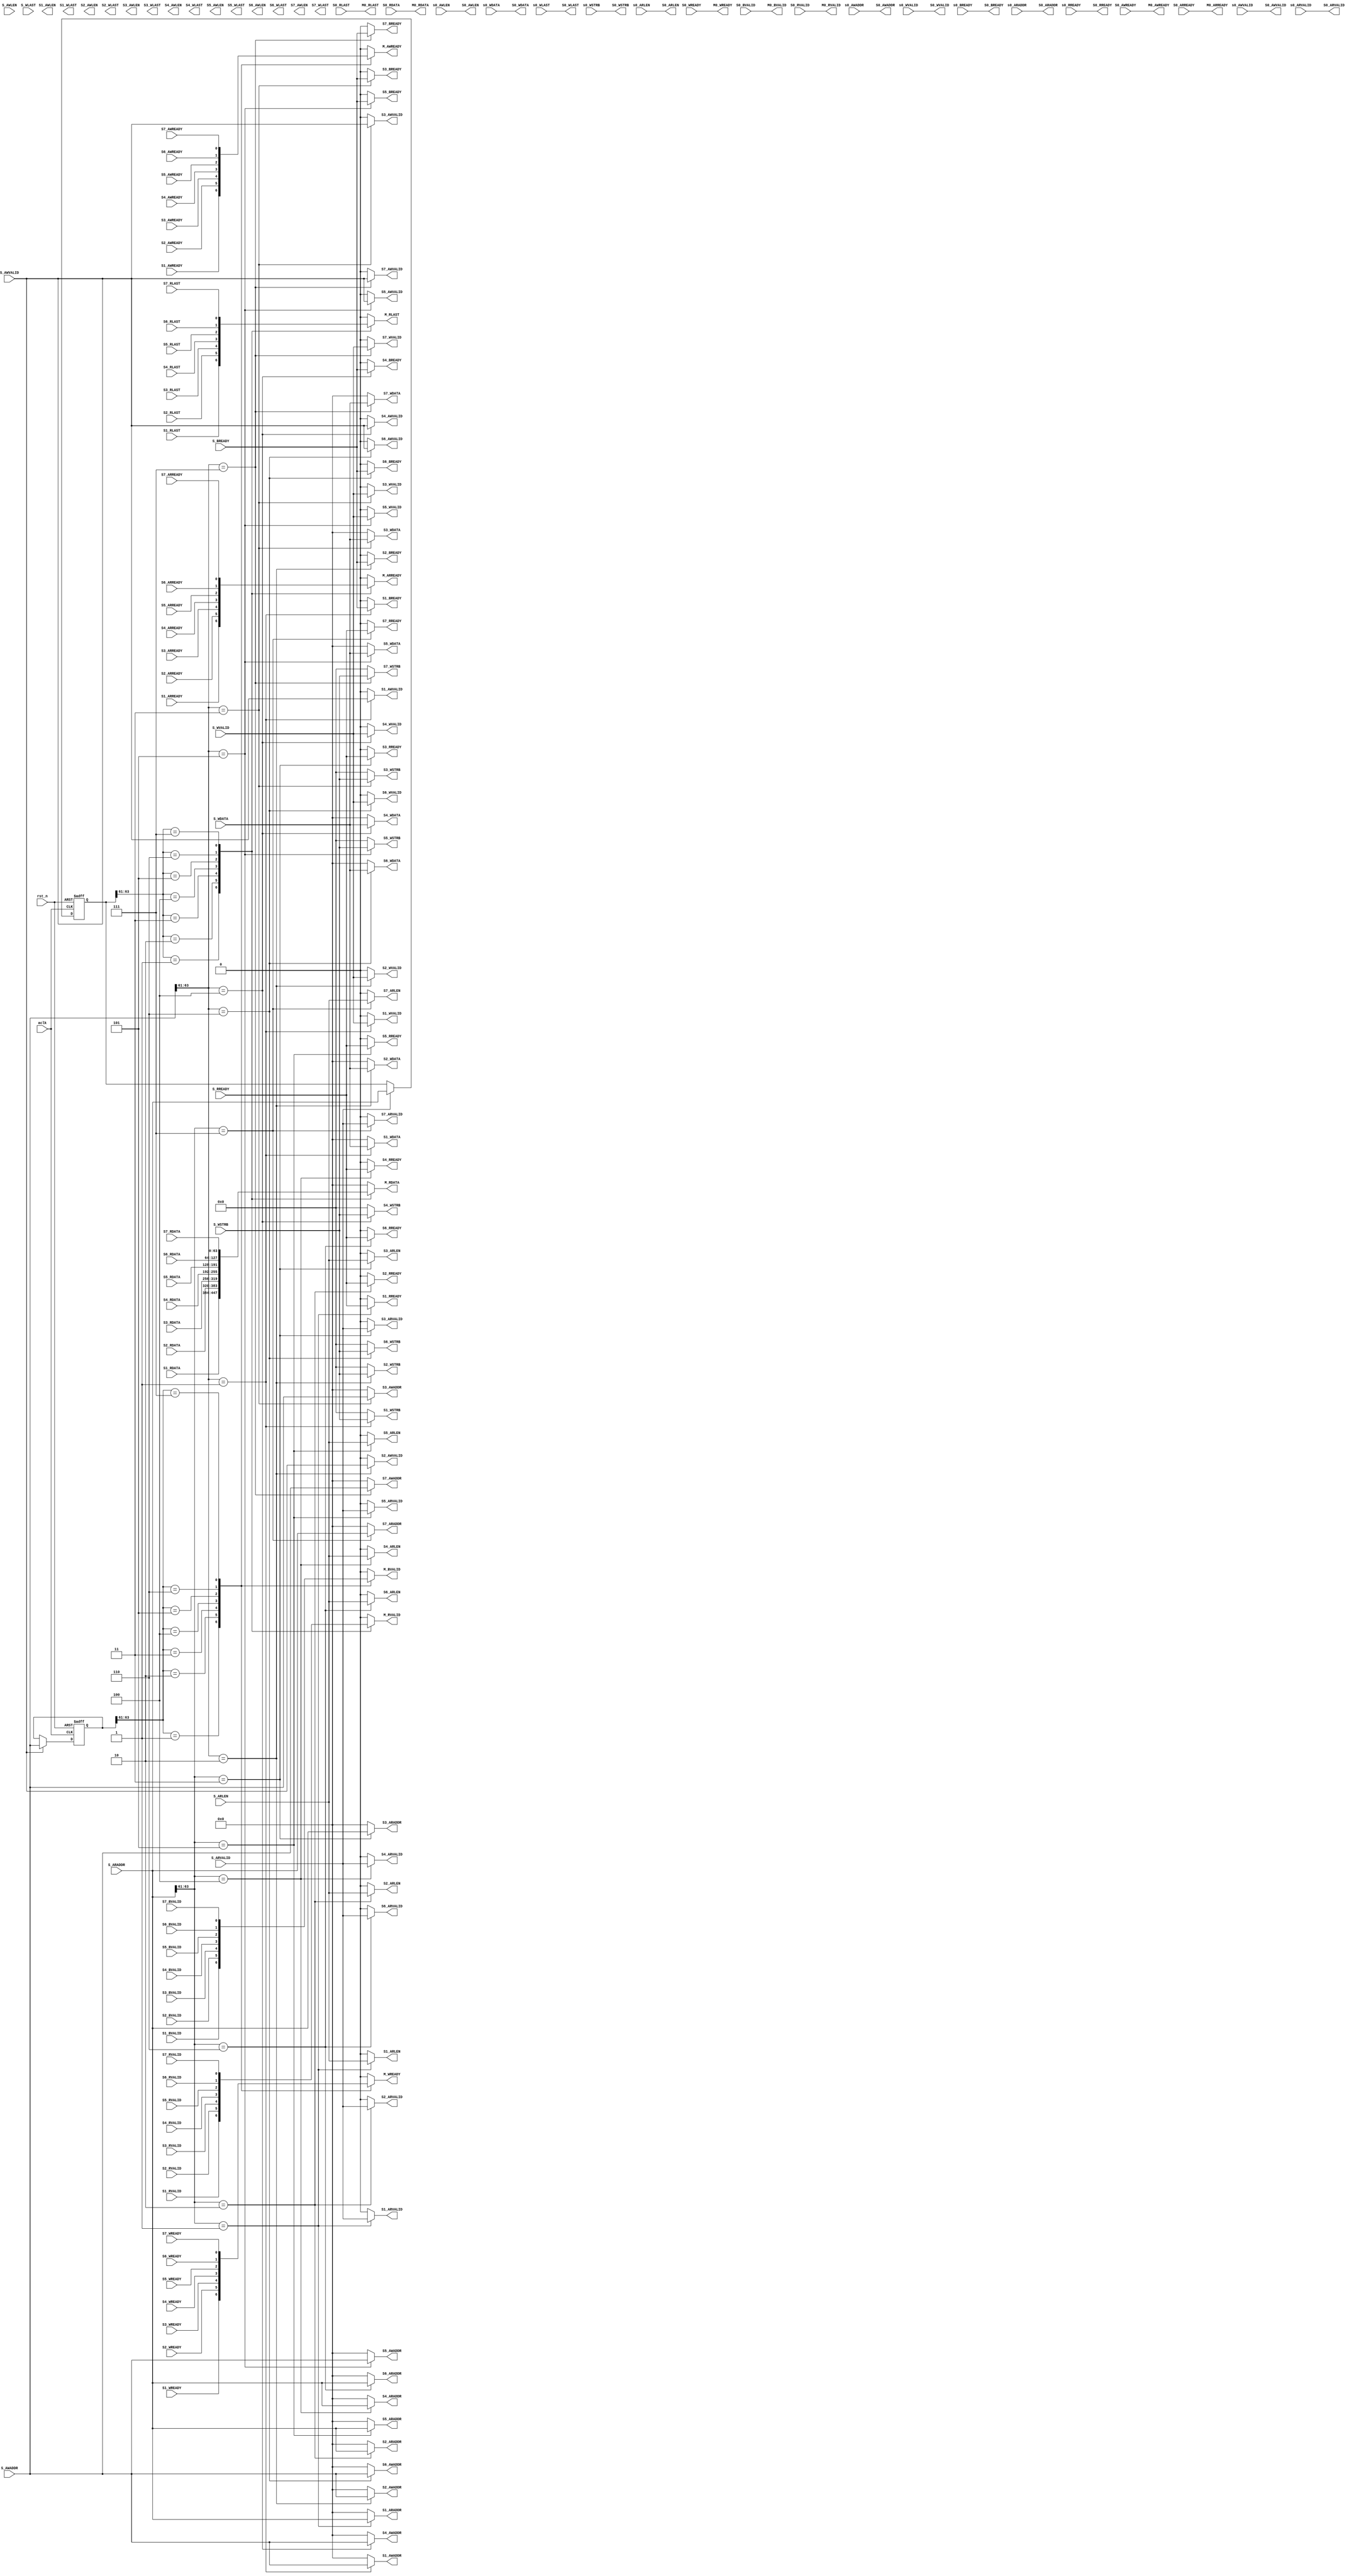
module axi_slave_mux 
#(
    parameter ADDR_WIDTH = 64,
              DATA_WIDTH = 64 ,
              ADDR_SEL   = 8
)
(
    // Gobal 
    input wire                      aclk,
    input wire                      rst_n,
    // (slave0 slave1 slave2 slave3 slave4 slave5 slave6) - mux - master
    // Slave 0 ----------------------------------
    // Write address
    input wire                      S0_AWREADY,
    // Write data
    input wire                      S0_WREADY,
    // Write respones
    input wire                      S0_BVALID,
    // Read addrsess
    input wire                      S0_ARREADY,
    // Read data
    input wire                      S0_RLAST,
    input wire                      S0_RVALID,
    input wire [DATA_WIDTH-1:0]     S0_RDATA,
    // Slave 1 -----------------------------------
    // Write address
    input wire                      S1_AWREADY,
    // Write data
    input wire                      S1_WREADY,
    // Write respones
    input wire                      S1_BVALID,
    // Read addrsess
    input wire                      S1_ARREADY,
    // Read data
    input wire                      S1_RLAST,
    input wire                      S1_RVALID,
    input wire [DATA_WIDTH-1:0]     S1_RDATA,
    // Slave 2 -----------------------------------
    // Write address
    input wire                      S2_AWREADY,
    // Write data
    input wire                      S2_WREADY,
    // Write respones
    input wire                      S2_BVALID,
    // Read addrsess
    input wire                      S2_ARREADY,
    // Read data
    input wire                      S2_RLAST,
    input wire                      S2_RVALID,
    input wire [DATA_WIDTH-1:0]     S2_RDATA,
    // Slave 3 ---------------------------------
    // Write address
    input wire                      S3_AWREADY,
    // Write data
    input wire                      S3_WREADY,
    // Write respones
    input wire                      S3_BVALID,
    // Read addrsess
    input wire                      S3_ARREADY,
    // Read data
    input wire                      S3_RLAST,
    input wire                      S3_RVALID,
    input wire [DATA_WIDTH-1:0]     S3_RDATA,
    // Slave 4 -----------------------------------
    // Write address
    input wire                      S4_AWREADY,
    // Write data
    input wire                      S4_WREADY,
    // Write respones
    input wire                      S4_BVALID,
    // Read addrsess
    input wire                      S4_ARREADY,
    // Read data
    input wire                      S4_RLAST,
    input wire                      S4_RVALID,
    input wire [DATA_WIDTH-1:0]     S4_RDATA,
    // Slave 5 -------------------------------
    // Write address
    input wire                      S5_AWREADY,
    // Write data
    input wire                      S5_WREADY,
    // Write respones
    input wire                      S5_BVALID,
    // Read addrsess
    input wire                      S5_ARREADY,
    // Read data
    input wire                      S5_RLAST,
    input wire                      S5_RVALID,
    input wire [DATA_WIDTH-1:0]     S5_RDATA,
    // Slave 6 -------------------------------
    // Write address
    input wire                      S6_AWREADY,
    // Write data
    input wire                      S6_WREADY,
    // Write respones
    input wire                      S6_BVALID,
    // Read addrsess
    input wire                      S6_ARREADY,
    // Read data
    input wire                      S6_RLAST,
    input wire                      S6_RVALID,
    input wire [DATA_WIDTH-1:0]     S6_RDATA,
    // Slave 7 -------------------------------
    // Write address
    input wire                      S7_AWREADY,
    // Write data
    input wire                      S7_WREADY,
    // Write respones
    input wire                      S7_BVALID,
    // Read addrsess
    input wire                      S7_ARREADY,
    // Read data
    input wire                      S7_RLAST,
    input wire                      S7_RVALID,
    input wire [DATA_WIDTH-1:0]     S7_RDATA,

    // Master -----------------------------------
    // Write address
    output reg                      M_AWREADY,
    // Write data
    output reg                      M_WREADY,
    // Write respones
    output reg                      M_BVALID,
    // Read addrsess
    output reg                      M_ARREADY,
    // Read data
    output reg                      M_RLAST,
    output reg                      M_RVALID,
    output reg [DATA_WIDTH-1:0]     M_RDATA,

    // Master 0 ---------------------------------
    output wire                      M0_AWREADY,
    // Write data
    output wire                      M0_WREADY,
    // Write respones
    output wire                      M0_BVALID,
    // Read addrsess
    output wire                      M0_ARREADY,
    // Read data
    output wire                      M0_RLAST,
    output wire                      M0_RVALID,
    output wire [DATA_WIDTH-1:0]     M0_RDATA,

    // Slave ----------------------------------
    //  Write address
    input wire [ADDR_WIDTH-1:0]     S_AWADDR,
    input wire                      S_AWLEN,
    input wire                      S_AWVALID,
    //  Write data
    input wire [DATA_WIDTH-1:0]     S_WDATA,
    input wire                      S_WLAST,
    input wire                      S_WVALID,
    input wire [ADDR_SEL-1:0]       S_WSTRB,
    //  Write back
    input wire                      S_BREADY,
    //  Read address
    input wire [ADDR_WIDTH-1:0]     S_ARADDR,
    input wire                      S_ARLEN,
    input wire                      S_ARVALID,
    //  Read data
    input wire                      S_RREADY, 

    // Slave 0 ----------------------------------
    input wire [ADDR_WIDTH-1:0]     s0_AWADDR,
    input wire                      s0_AWLEN,
    input wire                      s0_AWVALID,
    //  Write data
    input wire [DATA_WIDTH-1:0]     s0_WDATA,
    input wire                      s0_WLAST,
    input wire                      s0_WVALID,
    input wire [ADDR_SEL-1:0]       s0_WSTRB,
    //  Write back
    input wire                      s0_BREADY,
    //  Read address
    input wire [ADDR_WIDTH-1:0]     s0_ARADDR,
    input wire                      s0_ARLEN,
    input wire                      s0_ARVALID,
    //  Read data
    input wire                      s0_RREADY,    

    // Slave 0 ----------------------------------
    //  Write address
    output wire [ADDR_WIDTH-1:0]     S0_AWADDR,
    output wire                      S0_AWLEN,
    output wire                      S0_AWVALID,
    //  Write data
    output wire [DATA_WIDTH-1:0]     S0_WDATA,
    output wire                      S0_WLAST,
    output wire                      S0_WVALID,
    output wire [ADDR_SEL-1:0]       S0_WSTRB,
    //  Write back
    output wire                      S0_BREADY,
    //  Read address
    output wire [ADDR_WIDTH-1:0]     S0_ARADDR,
    output wire                      S0_ARLEN,
    output wire                      S0_ARVALID,
    //  Read data
    output wire                      S0_RREADY,
    // Slave 1 -----------------------------------
    //  Write address
    output reg [ADDR_WIDTH-1:0]     S1_AWADDR,
    output reg                      S1_AWLEN,
    output reg                      S1_AWVALID,
    //  Write data
    output reg [DATA_WIDTH-1:0]     S1_WDATA,
    output reg                      S1_WLAST,
    output reg                      S1_WVALID,
    output reg [ADDR_SEL-1:0]      S1_WSTRB,
    //  Write back
    output reg                      S1_BREADY,
    //  Read address
    output reg [ADDR_WIDTH-1:0]     S1_ARADDR,
    output reg                      S1_ARLEN,
    output reg                      S1_ARVALID,
    //  Read data
    output reg                      S1_RREADY,
    // Slave 2 ----------------------------------
    //  Write address
    output reg [ADDR_WIDTH-1:0]     S2_AWADDR,
    output reg                      S2_AWLEN,
    output reg                      S2_AWVALID,
    //  Write data
    output reg [DATA_WIDTH-1:0]     S2_WDATA,
    output reg                      S2_WLAST,
    output reg                      S2_WVALID,
    output reg [ADDR_SEL-1:0]      S2_WSTRB,
    //  Write back
    output reg                      S2_BREADY,
    //  Read address
    output reg [ADDR_WIDTH-1:0]     S2_ARADDR,
    output reg                      S2_ARLEN,
    output reg                      S2_ARVALID,
    //  Read data
    output reg                      S2_RREADY,
    // Slave 3 ----------------------------------
    //  Write address
    output reg [ADDR_WIDTH-1:0]     S3_AWADDR,
    output reg                      S3_AWLEN,
    output reg                      S3_AWVALID,
    //  Write data
    output reg [DATA_WIDTH-1:0]     S3_WDATA,
    output reg                      S3_WLAST,
    output reg                      S3_WVALID,
    output reg [ADDR_SEL-1:0]      S3_WSTRB,
    //  Write back
    output reg                      S3_BREADY,
    //  Read address
    output reg [ADDR_WIDTH-1:0]     S3_ARADDR,
    output reg                      S3_ARLEN,
    output reg                      S3_ARVALID,
    //  Read data
    output reg                      S3_RREADY,
    // Slave 4 ----------------------------------
    //  Write address
    output reg [ADDR_WIDTH-1:0]     S4_AWADDR,
    output reg                      S4_AWLEN,
    output reg                      S4_AWVALID,
    //  Write data
    output reg [DATA_WIDTH-1:0]     S4_WDATA,
    output reg                      S4_WLAST,
    output reg                      S4_WVALID,
    output reg [ADDR_SEL-1:0]      S4_WSTRB,
    //  Write back
    output reg                      S4_BREADY,
    //  Read address
    output reg [ADDR_WIDTH-1:0]     S4_ARADDR,
    output reg                      S4_ARLEN,
    output reg                      S4_ARVALID,
    //  Read data
    output reg                      S4_RREADY,
    // Slave 5 -----------------------------------
    //  Write address
    output reg [ADDR_WIDTH-1:0]     S5_AWADDR,
    output reg                      S5_AWLEN,
    output reg                      S5_AWVALID,
    //  Write data
    output reg [DATA_WIDTH-1:0]     S5_WDATA,
    output reg                      S5_WLAST,
    output reg                      S5_WVALID,
    output reg [ADDR_SEL-1:0]       S5_WSTRB,
    //  Write back
    output reg                      S5_BREADY,
    //  Read address
    output reg [ADDR_WIDTH-1:0]     S5_ARADDR,
    output reg                      S5_ARLEN,
    output reg                      S5_ARVALID,
    //  Read data
    output reg                      S5_RREADY,
    // Slave 6 --------------------------------
    //  Write address
    output reg [ADDR_WIDTH-1:0]     S6_AWADDR,
    output reg                      S6_AWLEN,
    output reg                      S6_AWVALID,
    //  Write data
    output reg [DATA_WIDTH-1:0]     S6_WDATA,
    output reg                      S6_WLAST,
    output reg                      S6_WVALID,
    output reg [ADDR_SEL-1:0]       S6_WSTRB,
    //  Write back
    output reg                      S6_BREADY,
    //  Read address
    output reg [ADDR_WIDTH-1:0]     S6_ARADDR,
    output reg                      S6_ARLEN,
    output reg                      S6_ARVALID,
    //  Read data
    output reg                      S6_RREADY,
    // Slave 7 --------------------------------
    //  Write address
    output reg [ADDR_WIDTH-1:0]     S7_AWADDR,
    output reg                      S7_AWLEN,
    output reg                      S7_AWVALID,
    //  Write data
    output reg [DATA_WIDTH-1:0]     S7_WDATA,
    output reg                      S7_WLAST,
    output reg                      S7_WVALID,
    output reg [ADDR_SEL-1:0]       S7_WSTRB,
    //  Write back
    output reg                      S7_BREADY,
    //  Read address
    output reg [ADDR_WIDTH-1:0]     S7_ARADDR,
    output reg                      S7_ARLEN,
    output reg                      S7_ARVALID,
    //  Read data
    output reg                      S7_RREADY
);


    assign  S0_AWADDR   =  s0_AWADDR;
    assign  S0_AWLEN    =  s0_AWLEN;
    assign  S0_AWVALID  =  s0_AWVALID;
    assign  S0_WDATA    =  s0_WDATA;
    assign  S0_WLAST    =  s0_WLAST;
    assign  S0_WVALID   =  s0_WVALID;
    assign  S0_WSTRB    =  s0_WSTRB;
    assign  S0_BREADY   =  s0_BREADY;
    assign  S0_ARADDR   =  s0_ARADDR;
    assign  S0_ARLEN    =  s0_ARLEN;
    assign  S0_ARVALID  =  s0_ARVALID;
    assign  S0_RREADY   =  s0_RREADY;

    assign  M0_AWREADY  =   S0_AWREADY;
    assign  M0_WREADY   =   S0_WREADY;
    assign  M0_BVALID   =   S0_BVALID;
    assign  M0_ARREADY  =   S0_ARREADY;
    assign  M0_RLAST    =   S0_RLAST;
    assign  M0_RVALID   =   S0_RVALID;
    assign  M0_RDATA    =   S0_RDATA;

    reg [ADDR_WIDTH-1:0] awaddr;
    always @(posedge aclk or negedge rst_n ) begin
        if(!rst_n)begin
            awaddr <= 'd0;
        end else if(S_AWVALID) begin
            awaddr <= S_AWADDR;
        end else begin
            awaddr <= awaddr;
        end
    end
    // Write
    always @(*) begin
        case (awaddr[(ADDR_WIDTH-1)-:3])
            /*3'b000:begin
                M_AWREADY   = S0_AWREADY;
                M_WREADY    = S0_WREADY;
                M_BVALID    = S0_BVALID;
            end */
            3'b001:begin
                M_AWREADY   = S1_AWREADY;
                M_WREADY    = S1_WREADY;
                M_BVALID    = S1_BVALID;
            end
            3'b010:begin
                M_AWREADY   = S2_AWREADY;
                M_WREADY    = S2_WREADY;
                M_BVALID    = S2_BVALID;
            end
            3'b011:begin
                M_AWREADY   = S3_AWREADY;
                M_WREADY    = S3_WREADY;
                M_BVALID    = S3_BVALID;
            end
            3'b100:begin
                M_AWREADY   = S4_AWREADY;
                M_WREADY    = S4_WREADY;
                M_BVALID    = S4_BVALID;
            end
            3'b101:begin
                M_AWREADY   = S5_AWREADY;
                M_WREADY    = S5_WREADY;
                M_BVALID    = S5_BVALID;
            end
            3'b110:begin
                M_AWREADY   = S6_AWREADY;
                M_WREADY    = S6_WREADY;
                M_BVALID    = S6_BVALID;
            end
            3'b111:begin
                M_AWREADY   = S7_AWREADY;
                M_WREADY    = S7_WREADY;
                M_BVALID    = S7_BVALID;
            end
            default:begin
                M_AWREADY   = 'd0;
                M_WREADY    = 'd0;
                M_BVALID    = 'd0;
            end 
        endcase  
    end

    // Read
    reg [ADDR_WIDTH-1:0] araddr;
    always @(posedge aclk or negedge rst_n ) begin
        if(!rst_n)begin
            araddr <= 'd0;
        end else if(S_ARVALID) begin
            araddr <= S_ARADDR;
        end else begin
            araddr <= araddr;
        end
    end

    always @(*) begin
        case (araddr[(ADDR_WIDTH-1)-:3])
          /*  3'b000:begin
                M_ARREADY   = S0_ARREADY;
                M_RVALID    = S0_RVALID;
                M_RLAST     = S0_RLAST;
                M_RDATA     = S0_RDATA;
            end */
            3'b001:begin
                M_ARREADY   = S1_ARREADY;
                M_RVALID    = S1_RVALID;
                M_RLAST     = S1_RLAST;
                M_RDATA     = S1_RDATA;
            end
            3'b010:begin
                M_ARREADY   = S2_ARREADY;
                M_RVALID    = S2_RVALID;
                M_RLAST     = S2_RLAST;
                M_RDATA     = S2_RDATA;
            end
            3'b011:begin
                M_ARREADY   = S3_ARREADY;
                M_RVALID    = S3_RVALID;
                M_RLAST     = S3_RLAST;
                M_RDATA     = S3_RDATA;
            end
            3'b100:begin
                M_ARREADY   = S4_ARREADY;
                M_RVALID    = S4_RVALID;
                M_RLAST     = S4_RLAST;
                M_RDATA     = S4_RDATA;
            end
            3'b101:begin
                M_ARREADY   = S5_ARREADY;
                M_RVALID    = S5_RVALID;
                M_RLAST     = S5_RLAST;
                M_RDATA     = S5_RDATA;
            end
            3'b110:begin
                M_ARREADY   = S6_ARREADY;
                M_RVALID    = S6_RVALID;
                M_RLAST     = S6_RLAST;
                M_RDATA     = S6_RDATA;
            end
            3'b111:begin
                M_ARREADY   = S7_ARREADY;
                M_RVALID    = S7_RVALID;
                M_RLAST     = S7_RLAST;
                M_RDATA     = S7_RDATA;
            end
            default:begin
                M_ARREADY   = 'd0;
                M_RVALID    = 'd0;
                M_RLAST     = 'd0;
                M_RDATA     = 'd0;
            end 
        endcase 
    end


    always @(*) begin
        case (S_AWADDR[(ADDR_WIDTH-1)-:3])
           /* 3'b000:begin
                S0_AWADDR = S_AWADDR;
                S1_AWADDR = 'd0;
                S2_AWADDR = 'd0;
                S3_AWADDR = 'd0;
                S4_AWADDR = 'd0;
                S5_AWADDR = 'd0;
                S6_AWADDR = 'd0;
                S7_AWADDR = 'd0;
            end */ 
            3'b001:begin
                //S0_AWADDR = 'd0;
                S1_AWADDR = S_AWADDR;
                S2_AWADDR = 'd0;
                S3_AWADDR = 'd0;
                S4_AWADDR = 'd0;
                S5_AWADDR = 'd0;
                S6_AWADDR = 'd0;
                S7_AWADDR = 'd0;
            end
            3'b010:begin
                //S0_AWADDR = 'd0;
                S1_AWADDR = 'd0;
                S2_AWADDR = S_AWADDR;
                S3_AWADDR = 'd0;
                S4_AWADDR = 'd0;
                S5_AWADDR = 'd0;
                S6_AWADDR = 'd0;
                S7_AWADDR = 'd0;
            end
            3'b011:begin
                //S0_AWADDR = 'd0;
                S1_AWADDR = 'd0;
                S2_AWADDR = 'd0;
                S3_AWADDR = S_AWADDR;
                S4_AWADDR = 'd0;
                S5_AWADDR = 'd0;
                S6_AWADDR = 'd0;
                S7_AWADDR = 'd0;
            end
            3'b100:begin
                //S0_AWADDR = 'd0;
                S1_AWADDR = 'd0;
                S2_AWADDR = 'd0;
                S3_AWADDR = 'd0;
                S4_AWADDR = S_AWADDR;
                S5_AWADDR = 'd0;
                S6_AWADDR = 'd0;
                S7_AWADDR = 'd0;
            end
            3'b101:begin
                //S0_AWADDR = 'd0;
                S1_AWADDR = 'd0;
                S2_AWADDR = 'd0;
                S3_AWADDR = 'd0;
                S4_AWADDR = 'd0;
                S5_AWADDR = S_AWADDR;
                S6_AWADDR = 'd0;
                S7_AWADDR = 'd0;
            end
            3'b110:begin
                //S0_AWADDR = 'd0;
                S1_AWADDR = 'd0;
                S2_AWADDR = 'd0;
                S3_AWADDR = 'd0;
                S4_AWADDR = 'd0;
                S5_AWADDR = 'd0;
                S6_AWADDR = S_AWADDR;
                S7_AWADDR = 'd0;
            end
            3'b111:begin
                //S0_AWADDR = 'd0;
                S1_AWADDR = 'd0;
                S2_AWADDR = 'd0;
                S3_AWADDR = 'd0;
                S4_AWADDR = 'd0;
                S5_AWADDR = 'd0;
                S6_AWADDR = 'd0;
                S7_AWADDR = S_AWADDR;
            end
            default:begin
                //S0_AWADDR = 'd0;
                S1_AWADDR = 'd0;
                S2_AWADDR = 'd0;
                S3_AWADDR = 'd0;
                S4_AWADDR = 'd0;
                S5_AWADDR = 'd0;
                S6_AWADDR = 'd0;
                S7_AWADDR = 'd0;
            end 
        endcase
    end

    always @(*) begin
        case (S_AWADDR[(ADDR_WIDTH-1)-:3])
            /*3'b000:begin
                S0_AWVALID = S_AWVALID;
                S1_AWVALID = 'd0;
                S2_AWVALID = 'd0;
                S3_AWVALID = 'd0;
                S4_AWVALID = 'd0;
                S5_AWVALID = 'd0;
                S6_AWVALID = 'd0;
                S7_AWVALID = 'd0;
            end */
            3'b001:begin
                //S0_AWVALID = 'd0;
                S1_AWVALID = S_AWVALID;
                S2_AWVALID = 'd0;
                S3_AWVALID = 'd0;
                S4_AWVALID = 'd0;
                S5_AWVALID = 'd0;
                S6_AWVALID = 'd0;
                S7_AWVALID = 'd0;
            end
            3'b010:begin
                //S0_AWVALID = 'd0;
                S1_AWVALID = 'd0;
                S2_AWVALID = S_AWVALID;
                S3_AWVALID = 'd0;
                S4_AWVALID = 'd0;
                S5_AWVALID = 'd0;
                S6_AWVALID = 'd0;
                S7_AWVALID = 'd0;
            end
            3'b011:begin
                //S0_AWVALID = 'd0;
                S1_AWVALID = 'd0;
                S2_AWVALID = 'd0;
                S3_AWVALID = S_AWVALID;
                S4_AWVALID = 'd0;
                S5_AWVALID = 'd0;
                S6_AWVALID = 'd0;
                S7_AWVALID = 'd0;
            end
            3'b100:begin
                //S0_AWVALID = 'd0;
                S1_AWVALID = 'd0;
                S2_AWVALID = 'd0;
                S3_AWVALID = 'd0;
                S4_AWVALID = S_AWVALID;
                S5_AWVALID = 'd0;
                S6_AWVALID = 'd0;
                S7_AWVALID = 'd0;
            end
            3'b101:begin
                //S0_AWVALID = 'd0;
                S1_AWVALID = 'd0;
                S2_AWVALID = 'd0;
                S3_AWVALID = 'd0;
                S4_AWVALID = 'd0;
                S5_AWVALID = S_AWVALID;
                S6_AWVALID = 'd0;
                S7_AWVALID = 'd0;
            end
            3'b110:begin
                //S0_AWVALID = 'd0;
                S1_AWVALID = 'd0;
                S2_AWVALID = 'd0;
                S3_AWVALID = 'd0;
                S4_AWVALID = 'd0;
                S5_AWVALID = 'd0;
                S6_AWVALID = S_AWVALID;
                S7_AWVALID = 'd0;
            end
            3'b111:begin
                //S0_AWVALID = 'd0;
                S1_AWVALID = 'd0;
                S2_AWVALID = 'd0;
                S3_AWVALID = 'd0;
                S4_AWVALID = 'd0;
                S5_AWVALID = 'd0;
                S6_AWVALID = 'd0;
                S7_AWVALID = S_AWVALID;
            end
            default:begin
                //S0_AWVALID = 'd0;
                S1_AWVALID = 'd0;
                S2_AWVALID = 'd0;
                S3_AWVALID = 'd0;
                S4_AWVALID = 'd0;
                S5_AWVALID = 'd0;
                S6_AWVALID = 'd0;
                S7_AWVALID = 'd0;
            end 
        endcase
    end

    always @(*) begin
        case (S_AWADDR[(ADDR_WIDTH-1)-:3])
            /*3'b000:begin
                S0_WVALID = S_WVALID;
                S1_WVALID = 'd0;
                S2_WVALID = 'd0;
                S3_WVALID = 'd0;
                S4_WVALID = 'd0;
                S5_WVALID = 'd0;
                S6_WVALID = 'd0;
                S7_WVALID = 'd0;
            end */
            3'b001:begin
                //S0_WVALID = 'd0;
                S1_WVALID = S_WVALID;
                S2_WVALID = 'd0;
                S3_WVALID = 'd0;
                S4_WVALID = 'd0;
                S5_WVALID = 'd0;
                S6_WVALID = 'd0;
                S7_WVALID = 'd0;
            end
            3'b010:begin
                //S0_WVALID = 'd0;
                S1_WVALID = 'd0;
                S2_WVALID = S_WVALID;
                S3_WVALID = 'd0;
                S4_WVALID = 'd0;
                S5_WVALID = 'd0;
                S6_WVALID = 'd0;
                S7_WVALID = 'd0;
            end
            3'b011:begin
                //S0_WVALID = 'd0;
                S1_WVALID = 'd0;
                S2_WVALID = 'd0;
                S3_WVALID = S_WVALID;
                S4_WVALID = 'd0;
                S5_WVALID = 'd0;
                S6_WVALID = 'd0;
                S7_WVALID = 'd0;
            end
            3'b100:begin
                //S0_WVALID = 'd0;
                S1_WVALID = 'd0;
                S2_WVALID = 'd0;
                S3_WVALID = 'd0;
                S4_WVALID = S_WVALID;
                S5_WVALID = 'd0;
                S6_WVALID = 'd0;
                S7_WVALID = 'd0;
            end
            3'b101:begin
                //S0_WVALID = 'd0;
                S1_WVALID = 'd0;
                S2_WVALID = 'd0;
                S3_WVALID = 'd0;
                S4_WVALID = 'd0;
                S5_WVALID = S_WVALID;
                S6_WVALID = 'd0;
                S7_WVALID = 'd0;
            end
            3'b110:begin
                //S0_WVALID = 'd0;
                S1_WVALID = 'd0;
                S2_WVALID = 'd0;
                S3_WVALID = 'd0;
                S4_WVALID = 'd0;
                S5_WVALID = 'd0;
                S6_WVALID = S_WVALID;
                S7_WVALID = 'd0;
            end
            3'b111:begin
                //S0_WVALID = 'd0;
                S1_WVALID = 'd0;
                S2_WVALID = 'd0;
                S3_WVALID = 'd0;
                S4_WVALID = 'd0;
                S5_WVALID = 'd0;
                S6_WVALID = 'd0;
                S7_WVALID = S_WVALID;
            end
            default:begin
                //S0_WVALID = 'd0;
                S1_WVALID = 'd0;
                S2_WVALID = 'd0;
                S3_WVALID = 'd0;
                S4_WVALID = 'd0;
                S5_WVALID = 'd0;
                S6_WVALID = 'd0;
                S7_WVALID = 'd0;
            end 
        endcase
    end

    always @(*) begin
        case (S_AWADDR[(ADDR_WIDTH-1)-:3])
            /*3'b000:begin
                S0_WDATA = S_WDATA;
                S1_WDATA = 'd0;
                S2_WDATA = 'd0;
                S3_WDATA = 'd0;
                S4_WDATA = 'd0;
                S5_WDATA = 'd0;
                S6_WDATA = 'd0;
                S7_WDATA = 'd0;
            end */
            3'b001:begin
                //S0_WDATA = 'd0;
                S1_WDATA = S_WDATA;
                S2_WDATA = 'd0;
                S3_WDATA = 'd0;
                S4_WDATA = 'd0;
                S5_WDATA = 'd0;
                S6_WDATA = 'd0;
                S7_WDATA = 'd0;
            end
            3'b010:begin
                //S0_WDATA = 'd0;
                S1_WDATA = 'd0;
                S2_WDATA = S_WDATA;
                S3_WDATA = 'd0;
                S4_WDATA = 'd0;
                S5_WDATA = 'd0;
                S6_WDATA = 'd0;
                S7_WDATA = 'd0;
            end
            3'b011:begin
                //S0_WDATA = 'd0;
                S1_WDATA = 'd0;
                S2_WDATA = 'd0;
                S3_WDATA = S_WDATA;
                S4_WDATA = 'd0;
                S5_WDATA = 'd0;
                S6_WDATA = 'd0;
                S7_WDATA = 'd0;
            end
            3'b100:begin
                //S0_WDATA = 'd0;
                S1_WDATA = 'd0;
                S2_WDATA = 'd0;
                S3_WDATA = 'd0;
                S4_WDATA = S_WDATA;
                S5_WDATA = 'd0;
                S6_WDATA = 'd0;
                S7_WDATA = 'd0;
            end
            3'b101:begin
                //S0_WDATA = 'd0;
                S1_WDATA = 'd0;
                S2_WDATA = 'd0;
                S3_WDATA = 'd0;
                S4_WDATA = 'd0;
                S5_WDATA = S_WDATA;
                S6_WDATA = 'd0;
                S7_WDATA = 'd0;
            end
            3'b110:begin
                //S0_WDATA = 'd0;
                S1_WDATA = 'd0;
                S2_WDATA = 'd0;
                S3_WDATA = 'd0;
                S4_WDATA = 'd0;
                S5_WDATA = 'd0;
                S6_WDATA = S_WDATA;
                S7_WDATA = 'd0;
            end
            3'b111:begin
                //S0_WDATA = 'd0;
                S1_WDATA = 'd0;
                S2_WDATA = 'd0;
                S3_WDATA = 'd0;
                S4_WDATA = 'd0;
                S5_WDATA = 'd0;
                S6_WDATA = 'd0;
                S7_WDATA = S_WDATA;
            end
            default:begin
                //S0_WDATA = 'd0;
                S1_WDATA = 'd0;
                S2_WDATA = 'd0;
                S3_WDATA = 'd0;
                S4_WDATA = 'd0;
                S5_WDATA = 'd0;
                S6_WDATA = 'd0;
                S7_WDATA = 'd0;
            end 
        endcase
    end
    always @(*) begin
        case (S_AWADDR[(ADDR_WIDTH-1)-:3])
            /*3'b000:begin
                S0_WSTRB = S_WSTRB;
                S1_WSTRB = 'd0;
                S2_WSTRB = 'd0;
                S3_WSTRB = 'd0;
                S4_WSTRB = 'd0;
                S5_WSTRB = 'd0;
                S6_WSTRB = 'd0;
                S7_WSTRB = 'd0;
            end */
            3'b001:begin
                //S0_WSTRB = 'd0;
                S1_WSTRB = S_WSTRB;
                S2_WSTRB = 'd0;
                S3_WSTRB = 'd0;
                S4_WSTRB = 'd0;
                S5_WSTRB = 'd0;
                S6_WSTRB = 'd0;
                S7_WSTRB = 'd0;
            end
            3'b010:begin
                //S0_WSTRB = 'd0;
                S1_WSTRB = 'd0;
                S2_WSTRB = S_WSTRB;
                S3_WSTRB = 'd0;
                S4_WSTRB = 'd0;
                S5_WSTRB = 'd0;
                S6_WSTRB = 'd0;
                S7_WSTRB = 'd0;
            end
            3'b011:begin
                //S0_WSTRB = 'd0;
                S1_WSTRB = 'd0;
                S2_WSTRB = 'd0;
                S3_WSTRB = S_WSTRB;
                S4_WSTRB = 'd0;
                S5_WSTRB = 'd0;
                S6_WSTRB = 'd0;
                S7_WSTRB = 'd0;
            end
            3'b100:begin
                //S0_WSTRB = 'd0;
                S1_WSTRB = 'd0;
                S2_WSTRB = 'd0;
                S3_WSTRB = 'd0;
                S4_WSTRB = S_WSTRB;
                S5_WSTRB = 'd0;
                S6_WSTRB = 'd0;
                S7_WSTRB = 'd0;
            end
            3'b101:begin
                //S0_WSTRB = 'd0;
                S1_WSTRB = 'd0;
                S2_WSTRB = 'd0;
                S3_WSTRB = 'd0;
                S4_WSTRB = 'd0;
                S5_WSTRB = S_WSTRB;
                S6_WSTRB = 'd0;
                S7_WSTRB = 'd0;
            end
            3'b110:begin
                //S0_WSTRB = 'd0;
                S1_WSTRB = 'd0;
                S2_WSTRB = 'd0;
                S3_WSTRB = 'd0;
                S4_WSTRB = 'd0;
                S5_WSTRB = 'd0;
                S6_WSTRB = S_WSTRB;
                S7_WSTRB = 'd0;
            end
            3'b111:begin
                //S0_WSTRB = 'd0;
                S1_WSTRB = 'd0;
                S2_WSTRB = 'd0;
                S3_WSTRB = 'd0;
                S4_WSTRB = 'd0;
                S5_WSTRB = 'd0;
                S6_WSTRB = 'd0;
                S7_WSTRB = S_WSTRB;
            end
            default:begin
                //S0_WSTRB = 'd0;
                S1_WSTRB = 'd0;
                S2_WSTRB = 'd0;
                S3_WSTRB = 'd0;
                S4_WSTRB = 'd0;
                S5_WSTRB = 'd0;
                S6_WSTRB = 'd0;
                S7_WSTRB = 'd0;
            end 
        endcase
    end

    always @(*) begin
        case (S_AWADDR[(ADDR_WIDTH-1)-:3])
           /* 3'b000:begin
                S0_BREADY = S_BREADY;
                S1_BREADY = 'd0;
                S2_BREADY = 'd0;
                S3_BREADY = 'd0;
                S4_BREADY = 'd0;
                S5_BREADY = 'd0;
                S6_BREADY = 'd0;
                S7_BREADY = 'd0;
            end */
            3'b001:begin
                //S0_BREADY = 'd0;
                S1_BREADY = S_BREADY;
                S2_BREADY = 'd0;
                S3_BREADY = 'd0;
                S4_BREADY = 'd0;
                S5_BREADY = 'd0;
                S6_BREADY = 'd0;
                S7_BREADY = 'd0;
            end
            3'b010:begin
                //S0_BREADY = 'd0;
                S1_BREADY = 'd0;
                S2_BREADY = S_BREADY;
                S3_BREADY = 'd0;
                S4_BREADY = 'd0;
                S5_BREADY = 'd0;
                S6_BREADY = 'd0;
                S7_BREADY = 'd0;
            end
            3'b011:begin
                //S0_BREADY = 'd0;
                S1_BREADY = 'd0;
                S2_BREADY = 'd0;
                S3_BREADY = S_BREADY;
                S4_BREADY = 'd0;
                S5_BREADY = 'd0;
                S6_BREADY = 'd0;
                S7_BREADY = 'd0;
            end
            3'b100:begin
                //S0_BREADY = 'd0;
                S1_BREADY = 'd0;
                S2_BREADY = 'd0;
                S3_BREADY = 'd0;
                S4_BREADY = S_BREADY;
                S5_BREADY = 'd0;
                S6_BREADY = 'd0;
                S7_BREADY = 'd0;
            end
            3'b101:begin
                //S0_BREADY = 'd0;
                S1_BREADY = 'd0;
                S2_BREADY = 'd0;
                S3_BREADY = 'd0;
                S4_BREADY = 'd0;
                S5_BREADY = S_BREADY;
                S6_BREADY = 'd0;
                S7_BREADY = 'd0;
            end
            3'b110:begin
                //S0_BREADY = 'd0;
                S1_BREADY = 'd0;
                S2_BREADY = 'd0;
                S3_BREADY = 'd0;
                S4_BREADY = 'd0;
                S5_BREADY = 'd0;
                S6_BREADY = S_BREADY;
                S7_BREADY = 'd0;
            end
            3'b111:begin
                //S0_BREADY = 'd0;
                S1_BREADY = 'd0;
                S2_BREADY = 'd0;
                S3_BREADY = 'd0;
                S4_BREADY = 'd0;
                S5_BREADY = 'd0;
                S6_BREADY = 'd0;
                S7_BREADY = S_BREADY;
            end
            default:begin
                //S0_BREADY = 'd0;
                S1_BREADY = 'd0;
                S2_BREADY = 'd0;
                S3_BREADY = 'd0;
                S4_BREADY = 'd0;
                S5_BREADY = 'd0;
                S6_BREADY = 'd0;
                S7_BREADY = 'd0;
            end 
        endcase
    end

    always @(*) begin
        case (S_ARADDR[(ADDR_WIDTH-1)-:3])
            /*3'b000:begin
                S0_ARADDR = S_ARADDR;
                S1_ARADDR = 'd0;
                S2_ARADDR = 'd0;
                S3_ARADDR = 'd0;
                S4_ARADDR = 'd0;
                S5_ARADDR = 'd0;
                S6_ARADDR = 'd0;
                S7_ARADDR = 'd0;
            end */
            3'b001:begin
                //S0_ARADDR = 'd0;
                S1_ARADDR = S_ARADDR;
                S2_ARADDR = 'd0;
                S3_ARADDR = 'd0;
                S4_ARADDR = 'd0;
                S5_ARADDR = 'd0;
                S6_ARADDR = 'd0;
                S7_ARADDR = 'd0;
            end
            3'b010:begin
                //S0_ARADDR = 'd0;
                S1_ARADDR = 'd0;
                S2_ARADDR = S_ARADDR;
                S3_ARADDR = 'd0;
                S4_ARADDR = 'd0;
                S5_ARADDR = 'd0;
                S6_ARADDR = 'd0;
                S7_ARADDR = 'd0;
            end
            3'b011:begin
                //S0_ARADDR = 'd0;
                S1_ARADDR = 'd0;
                S2_ARADDR = 'd0;
                S3_ARADDR = S_ARADDR;
                S4_ARADDR = 'd0;
                S5_ARADDR = 'd0;
                S6_ARADDR = 'd0;
                S7_ARADDR = 'd0;
            end
            3'b100:begin
                //S0_ARADDR = 'd0;
                S1_ARADDR = 'd0;
                S2_ARADDR = 'd0;
                S3_ARADDR = 'd0;
                S4_ARADDR = S_ARADDR;
                S5_ARADDR = 'd0;
                S6_ARADDR = 'd0;
                S7_ARADDR = 'd0;
            end
            3'b101:begin
                //S0_ARADDR = 'd0;
                S1_ARADDR = 'd0;
                S2_ARADDR = 'd0;
                S3_ARADDR = 'd0;
                S4_ARADDR = 'd0;
                S5_ARADDR = S_ARADDR;
                S6_ARADDR = 'd0;
                S7_ARADDR = 'd0;
            end
            3'b110:begin
                //S0_ARADDR = 'd0;
                S1_ARADDR = 'd0;
                S2_ARADDR = 'd0;
                S3_ARADDR = 'd0;
                S4_ARADDR = 'd0;
                S5_ARADDR = 'd0;
                S6_ARADDR = S_ARADDR;
                S7_ARADDR = 'd0;
            end
            3'b111:begin
                //S0_ARADDR = 'd0;
                S1_ARADDR = 'd0;
                S2_ARADDR = 'd0;
                S3_ARADDR = 'd0;
                S4_ARADDR = 'd0;
                S5_ARADDR = 'd0;
                S6_ARADDR = 'd0;
                S7_ARADDR = S_ARADDR;
            end
            default:begin
                //S0_ARADDR = 'd0;
                S1_ARADDR = 'd0;
                S2_ARADDR = 'd0;
                S3_ARADDR = 'd0;
                S4_ARADDR = 'd0;
                S5_ARADDR = 'd0;
                S6_ARADDR = 'd0;
                S7_ARADDR = 'd0;
            end 
        endcase
    end

    always @(*) begin
        case (S_ARADDR[(ADDR_WIDTH-1)-:3])
            /*3'b000:begin
                S0_ARVALID = S_ARVALID;
                S1_ARVALID = 'd0;
                S2_ARVALID = 'd0;
                S3_ARVALID = 'd0;
                S4_ARVALID = 'd0;
                S5_ARVALID = 'd0;
                S6_ARVALID = 'd0;
                S7_ARVALID = 'd0;
            end */
            3'b001:begin
                //S0_ARVALID = 'd0;
                S1_ARVALID = S_ARVALID;
                S2_ARVALID = 'd0;
                S3_ARVALID = 'd0;
                S4_ARVALID = 'd0;
                S5_ARVALID = 'd0;
                S6_ARVALID = 'd0;
                S7_ARVALID = 'd0;
            end
            3'b010:begin
                //S0_ARVALID = 'd0;
                S1_ARVALID = 'd0;
                S2_ARVALID = S_ARVALID;
                S3_ARVALID = 'd0;
                S4_ARVALID = 'd0;
                S5_ARVALID = 'd0;
                S6_ARVALID = 'd0;
                S7_ARVALID = 'd0;
            end
            3'b011:begin
                //S0_ARVALID = 'd0;
                S1_ARVALID = 'd0;
                S2_ARVALID = 'd0;
                S3_ARVALID = S_ARVALID;
                S4_ARVALID = 'd0;
                S5_ARVALID = 'd0;
                S6_ARVALID = 'd0;
                S7_ARVALID = 'd0;
            end
            3'b100:begin
                //S0_ARVALID = 'd0;
                S1_ARVALID = 'd0;
                S2_ARVALID = 'd0;
                S3_ARVALID = 'd0;
                S4_ARVALID = S_ARVALID;
                S5_ARVALID = 'd0;
                S6_ARVALID = 'd0;
                S7_ARVALID = 'd0;
            end
            3'b101:begin
                //S0_ARVALID = 'd0;
                S1_ARVALID = 'd0;
                S2_ARVALID = 'd0;
                S3_ARVALID = 'd0;
                S4_ARVALID = 'd0;
                S5_ARVALID = S_ARVALID;
                S6_ARVALID = 'd0;
                S7_ARVALID = 'd0;
            end
            3'b110:begin
                //S0_ARVALID = 'd0;
                S1_ARVALID = 'd0;
                S2_ARVALID = 'd0;
                S3_ARVALID = 'd0;
                S4_ARVALID = 'd0;
                S5_ARVALID = 'd0;
                S6_ARVALID = S_ARVALID;
                S7_ARVALID = 'd0;
            end
            3'b111:begin
                //S0_ARVALID = 'd0;
                S1_ARVALID = 'd0;
                S2_ARVALID = 'd0;
                S3_ARVALID = 'd0;
                S4_ARVALID = 'd0;
                S5_ARVALID = 'd0;
                S6_ARVALID = 'd0;
                S7_ARVALID = S_ARVALID;
            end
            default:begin
                //S0_ARVALID = 'd0;
                S1_ARVALID = 'd0;
                S2_ARVALID = 'd0;
                S3_ARVALID = 'd0;
                S4_ARVALID = 'd0;
                S5_ARVALID = 'd0;
                S6_ARVALID = 'd0;
                S7_ARVALID = 'd0;
            end 
        endcase
    end

    always @(*) begin
        case (S_ARADDR[(ADDR_WIDTH-1)-:3])
            /*3'b000:begin
                S0_RREADY = S_RREADY;
                S1_RREADY = 'd0;
                S2_RREADY = 'd0;
                S3_RREADY = 'd0;
                S4_RREADY = 'd0;
                S5_RREADY = 'd0;
                S6_RREADY = 'd0;
                S7_RREADY = 'd0;
            end */
            3'b001:begin
                //S0_RREADY = 'd0;
                S1_RREADY = S_RREADY;
                S2_RREADY = 'd0;
                S3_RREADY = 'd0;
                S4_RREADY = 'd0;
                S5_RREADY = 'd0;
                S6_RREADY = 'd0;
                S7_RREADY = 'd0;
            end
            3'b010:begin
                //S0_RREADY = 'd0;
                S1_RREADY = 'd0;
                S2_RREADY = S_RREADY;
                S3_RREADY = 'd0;
                S4_RREADY = 'd0;
                S5_RREADY = 'd0;
                S6_RREADY = 'd0;
                S7_RREADY = 'd0;
            end
            3'b011:begin
                //S0_RREADY = 'd0;
                S1_RREADY = 'd0;
                S2_RREADY = 'd0;
                S3_RREADY = S_RREADY;
                S4_RREADY = 'd0;
                S5_RREADY = 'd0;
                S6_RREADY = 'd0;
                S7_RREADY = 'd0;
            end
            3'b100:begin
                //S0_RREADY = 'd0;
                S1_RREADY = 'd0;
                S2_RREADY = 'd0;
                S3_RREADY = 'd0;
                S4_RREADY = S_RREADY;
                S5_RREADY = 'd0;
                S6_RREADY = 'd0;
                S7_RREADY = 'd0;
            end
            3'b101:begin
                //S0_RREADY = 'd0;
                S1_RREADY = 'd0;
                S2_RREADY = 'd0;
                S3_RREADY = 'd0;
                S4_RREADY = 'd0;
                S5_RREADY = S_RREADY;
                S6_RREADY = 'd0;
                S7_RREADY = 'd0;
            end
            3'b110:begin
                //S0_RREADY = 'd0;
                S1_RREADY = 'd0;
                S2_RREADY = 'd0;
                S3_RREADY = 'd0;
                S4_RREADY = 'd0;
                S5_RREADY = 'd0;
                S6_RREADY = S_RREADY;
                S7_RREADY = 'd0;
            end
            3'b111:begin
                //S0_RREADY = 'd0;
                S1_RREADY = 'd0;
                S2_RREADY = 'd0;
                S3_RREADY = 'd0;
                S4_RREADY = 'd0;
                S5_RREADY = 'd0;
                S6_RREADY = 'd0;
                S7_RREADY = S_RREADY;
            end
            default:begin
                //S0_RREADY = 'd0;
                S1_RREADY = 'd0;
                S2_RREADY = 'd0;
                S3_RREADY = 'd0;
                S4_RREADY = 'd0;
                S5_RREADY = 'd0;
                S6_RREADY = 'd0;
                S7_RREADY = 'd0;
            end 
        endcase
    end

    always @(*) begin
        case (S_ARADDR[(ADDR_WIDTH-1)-:3])
            /*3'b000:begin
                S0_ARLEN = S_ARLEN;
                S1_ARLEN = 'd0;
                S2_ARLEN = 'd0;
                S3_ARLEN = 'd0;
                S4_ARLEN = 'd0;
                S5_ARLEN = 'd0;
                S6_ARLEN = 'd0;
                S7_ARLEN = 'd0;
            end */
            3'b001:begin
                //S0_ARLEN = 'd0;
                S1_ARLEN = S_ARLEN;
                S2_ARLEN = 'd0;
                S3_ARLEN = 'd0;
                S4_ARLEN = 'd0;
                S5_ARLEN = 'd0;
                S6_ARLEN = 'd0;
                S7_ARLEN = 'd0;
            end
            3'b010:begin
                //S0_ARLEN = 'd0;
                S1_ARLEN = 'd0;
                S2_ARLEN = S_ARLEN;
                S3_ARLEN = 'd0;
                S4_ARLEN = 'd0;
                S5_ARLEN = 'd0;
                S6_ARLEN = 'd0;
                S7_ARLEN = 'd0;
            end
            3'b011:begin
                //S0_ARLEN = 'd0;
                S1_ARLEN = 'd0;
                S2_ARLEN = 'd0;
                S3_ARLEN = S_ARLEN;
                S4_ARLEN = 'd0;
                S5_ARLEN = 'd0;
                S6_ARLEN = 'd0;
                S7_ARLEN = 'd0;
            end
            3'b100:begin
                //S0_ARLEN = 'd0;
                S1_ARLEN = 'd0;
                S2_ARLEN = 'd0;
                S3_ARLEN = 'd0;
                S4_ARLEN = S_ARLEN;
                S5_ARLEN = 'd0;
                S6_ARLEN = 'd0;
                S7_ARLEN = 'd0;
            end
            3'b101:begin
                //S0_ARLEN = 'd0;
                S1_ARLEN = 'd0;
                S2_ARLEN = 'd0;
                S3_ARLEN = 'd0;
                S4_ARLEN = 'd0;
                S5_ARLEN = S_ARLEN;
                S6_ARLEN = 'd0;
                S7_ARLEN = 'd0;
            end
            3'b110:begin
                //S0_ARLEN = 'd0;
                S1_ARLEN = 'd0;
                S2_ARLEN = 'd0;
                S3_ARLEN = 'd0;
                S4_ARLEN = 'd0;
                S5_ARLEN = 'd0;
                S6_ARLEN = S_ARLEN;
                S7_ARLEN = 'd0;
            end
            3'b111:begin
                //S0_ARLEN = 'd0;
                S1_ARLEN = 'd0;
                S2_ARLEN = 'd0;
                S3_ARLEN = 'd0;
                S4_ARLEN = 'd0;
                S5_ARLEN = 'd0;
                S6_ARLEN = 'd0;
                S7_ARLEN = S_ARLEN;
            end
            default:begin
                //S0_ARLEN = 'd0;
                S1_ARLEN = 'd0;
                S2_ARLEN = 'd0;
                S3_ARLEN = 'd0;
                S4_ARLEN = 'd0;
                S5_ARLEN = 'd0;
                S6_ARLEN = 'd0;
                S7_ARLEN = 'd0;
            end 
        endcase
    end

endmodule